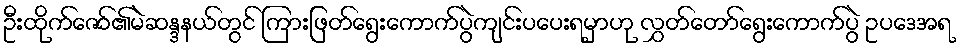
ဦးထိုက်ဇော်၏မဲဆန္ဒနယ်တွင် ကြားဖြတ်ရွေးကောက်ပွဲကျင်းပပေးရမှာဟု လွှတ်တော်ရွေးကောက်ပွဲ ဥပဒေအရ